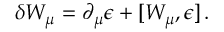
\delta W _ { \mu } = \partial _ { \mu } \epsilon + [ W _ { \mu } , \epsilon ] \, .